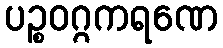
ပဉ္စဝဂ္ဂကရဏေ